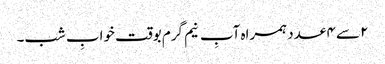
۲ سے ۴ عدد ہمراہ آبِ نیم گرم بوقت خوابِ شب۔